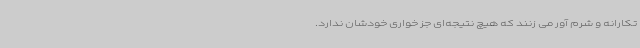
تکارانه و شرم آور می زنند که هیچ نتیجه‌ای جز خواری خودشان ندارد.